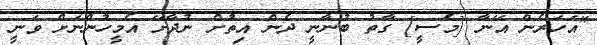
"އަހަރެން އޭނާ [މެސީ] ގާތު ބުނާނީ ދެން އިތުަށް ނުދާށޭ އެމީހުންނަށް ވަނީ